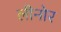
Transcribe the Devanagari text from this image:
लीनोर